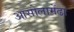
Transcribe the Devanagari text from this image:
आसोलामेंढा